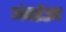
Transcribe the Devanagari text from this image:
अंतर्प्रज्ञा